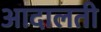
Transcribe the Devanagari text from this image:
आदालती